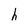
Character: h